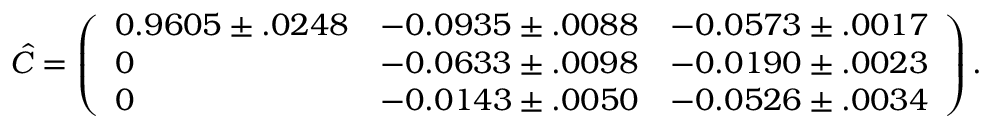
\hat { C } = \left( \begin{array} { l l l } { 0 . 9 6 0 5 \pm . 0 2 4 8 } & { - 0 . 0 9 3 5 \pm . 0 0 8 8 } & { - 0 . 0 5 7 3 \pm . 0 0 1 7 } \\ { 0 } & { - 0 . 0 6 3 3 \pm . 0 0 9 8 } & { - 0 . 0 1 9 0 \pm . 0 0 2 3 } \\ { 0 } & { - 0 . 0 1 4 3 \pm . 0 0 5 0 } & { - 0 . 0 5 2 6 \pm . 0 0 3 4 } \end{array} \right) .